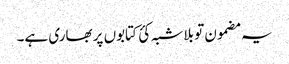
یہ مضمون تو بلاشبہ کئ کتابوں پر بھاری ہے۔